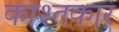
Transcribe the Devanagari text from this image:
काश्‍तकार